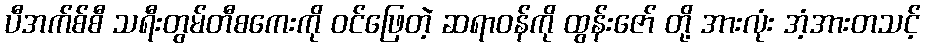
ပီအက်စ်စီ သရီးတွမ်တီစကေးကို ဝင်ဖြေတဲ့ ဆရာဝန်ကို ထွန်းဇော် တို့ အားလုံး အံ့အားတသင့်